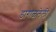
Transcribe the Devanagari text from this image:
डागाळलेली